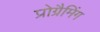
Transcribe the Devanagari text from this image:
प्रोग्रैमिंग